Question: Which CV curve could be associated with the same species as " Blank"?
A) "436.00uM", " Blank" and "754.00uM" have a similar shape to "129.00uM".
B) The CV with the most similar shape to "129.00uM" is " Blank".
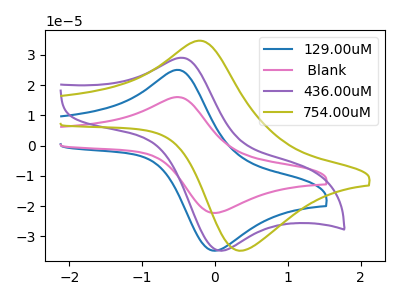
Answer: <think>The blue curve "129.00uM" has an anodic peak at (-0.50V, 25.00uA) and a cathodic peak at (-0.05V, -34.55uA). The pink curve " Blank" has an anodic peak at (-0.50V, 16.05uA) and a cathodic peak at (-0.05V, -22.15uA). The purple curve "436.00uM" has an anodic peak at (-0.45V, 29.00uA) and a cathodic peak at (0.05V, -34.65uA). The olive curve "754.00uM" has an anodic peak at (-0.25V, 34.60uA) and a cathodic peak at (0.35V, -34.65uA).
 All the peaks in "129.00uM" have a peak in " Blank" at the same potential. Every peak in "129.00uM" is higher than every peak in " Blank". "129.00uM" and "436.00uM" have at least one peak that do not match. "129.00uM" and "754.00uM" have at least one peak that do not match. " Blank" and "436.00uM" have at least one peak that do not match. " Blank" and "754.00uM" have at least one peak that do not match. "436.00uM" and "754.00uM" have at least one peak that do not match.</think>
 <answer>B) The CV with the most similar shape to "129.00uM" is " Blank".</answer>
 <eval>B</eval>